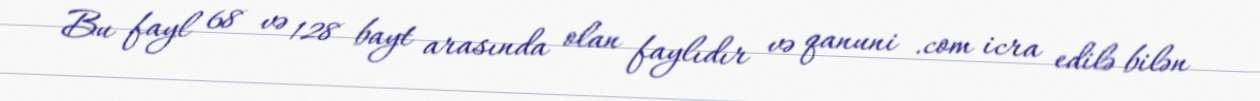
Bu fayl 68 və 128 bayt arasında olan faylıdır və qanuni .com icra edilə bilən